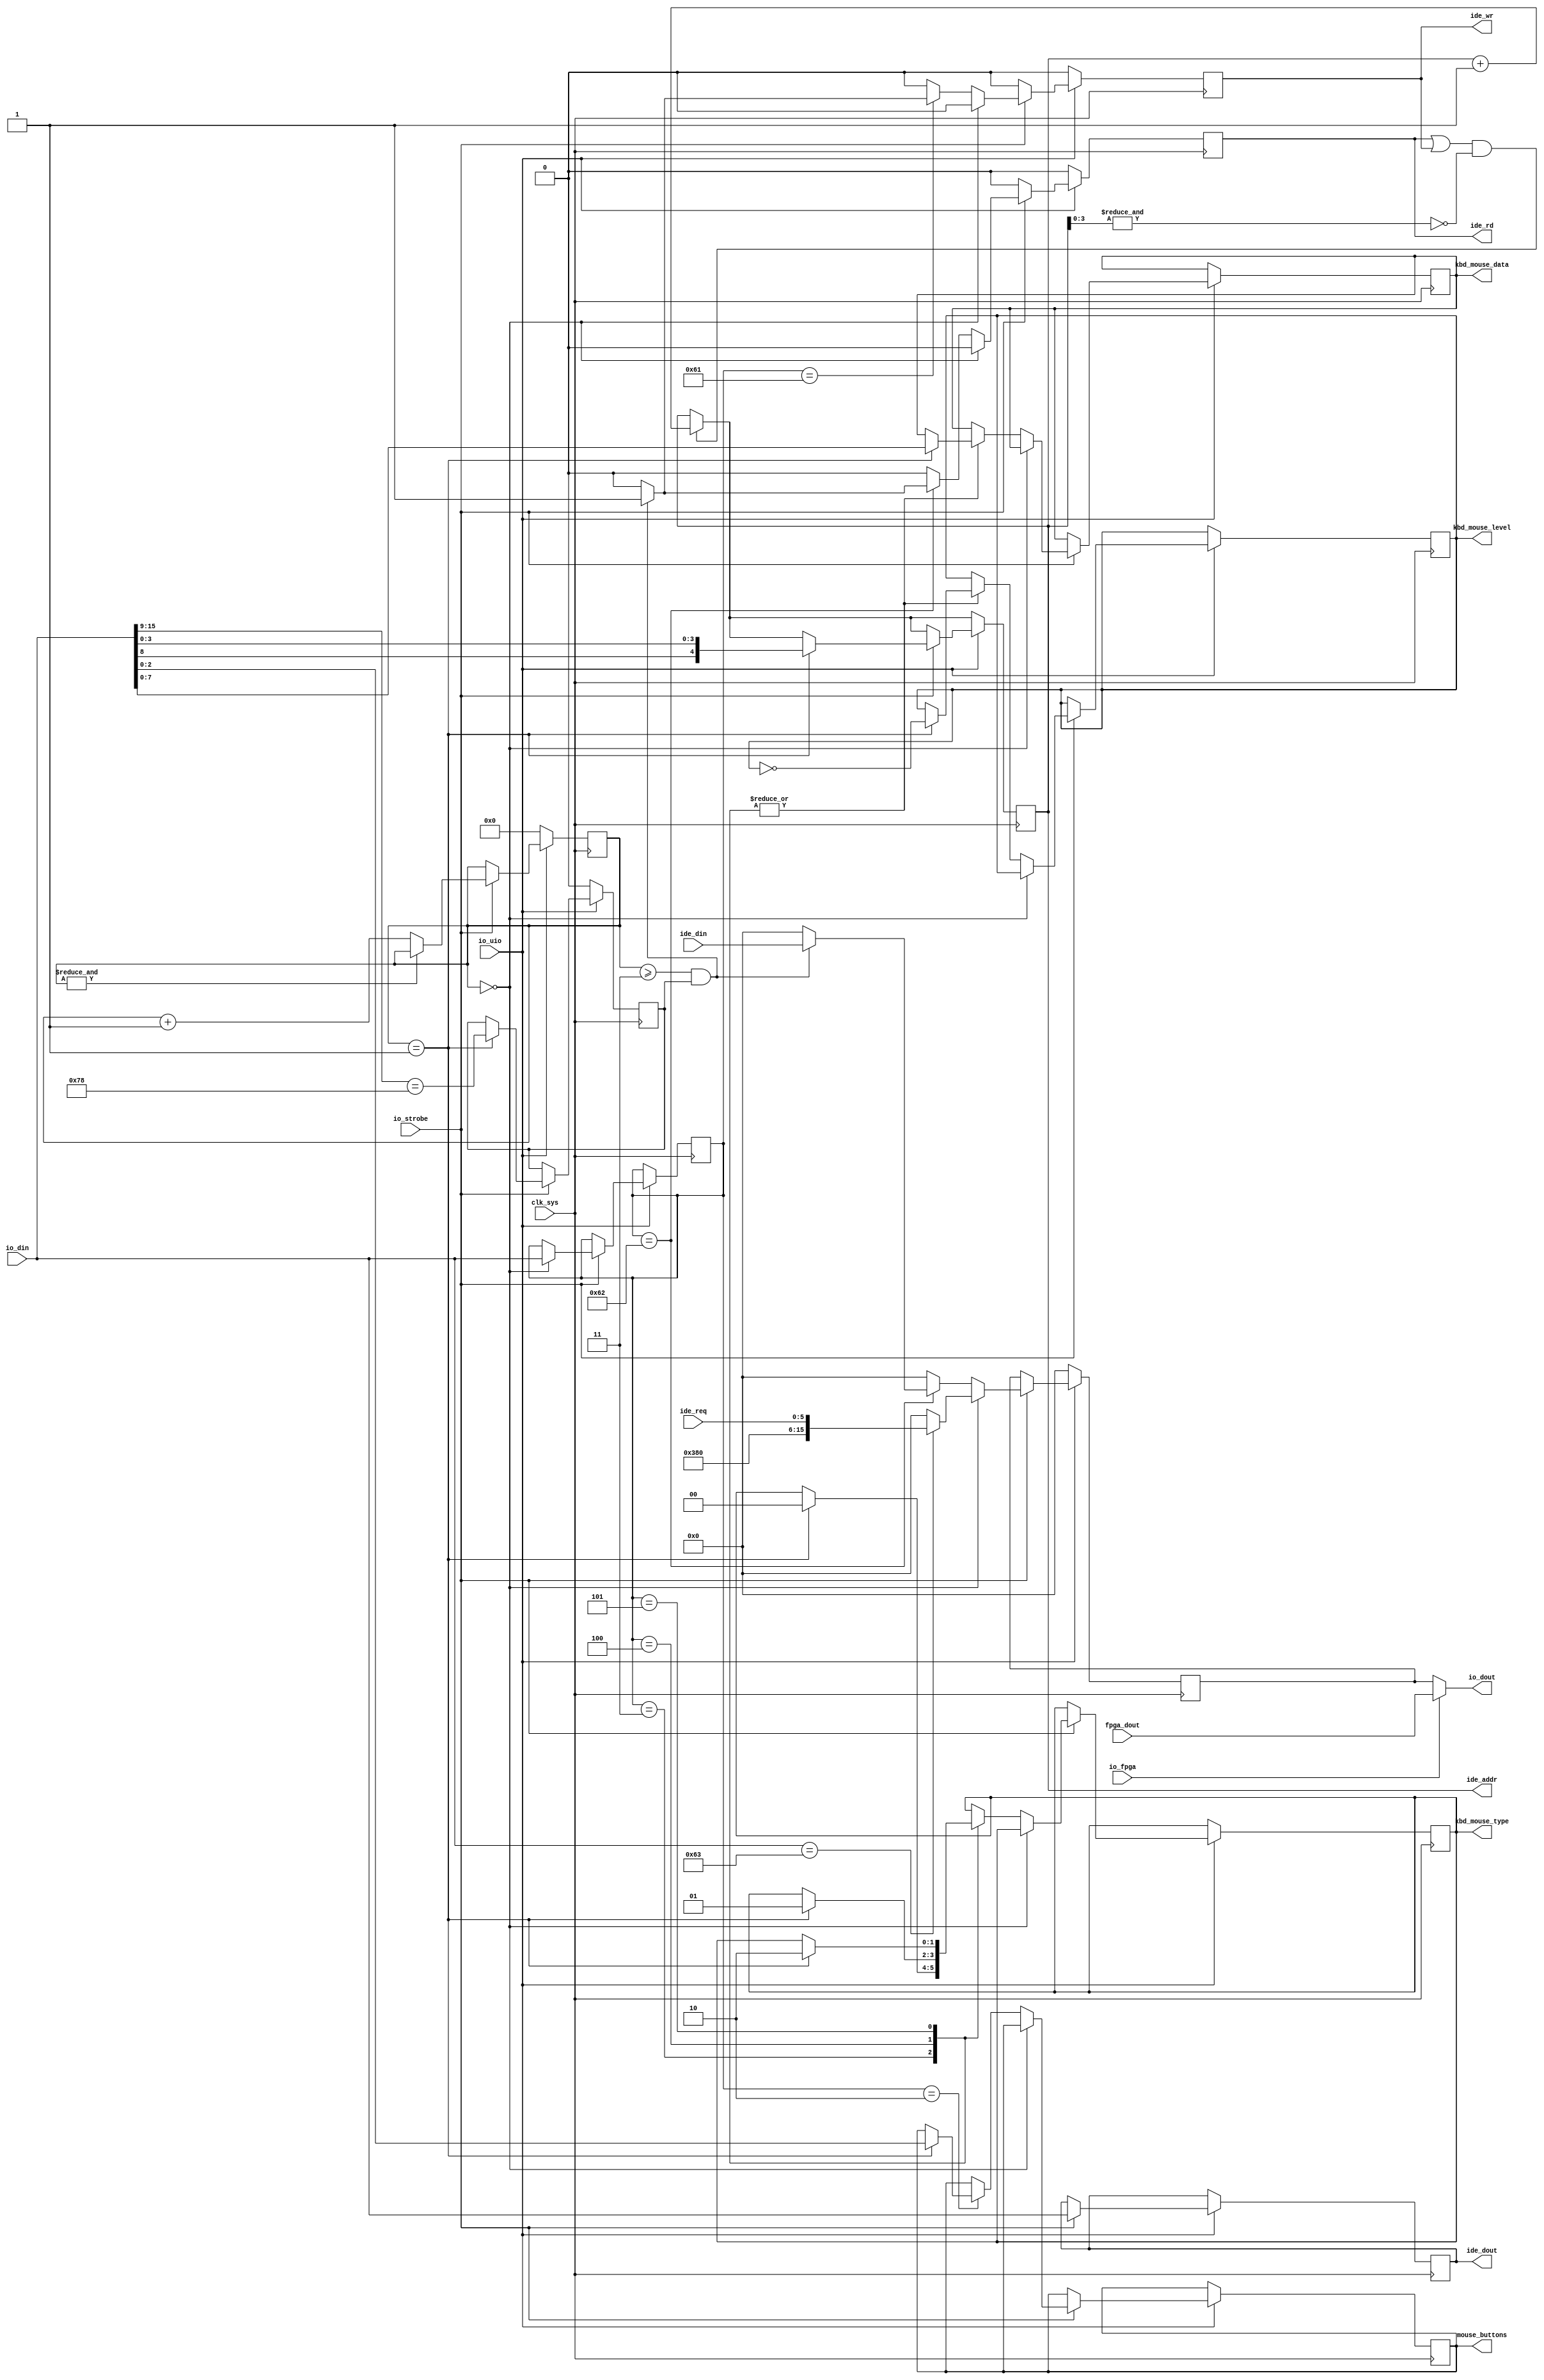
module hps_ext
(
	input             clk_sys,

	input             io_strobe,
	input             io_fpga,
	input             io_uio,
	input      [15:0] io_din,
	output     [15:0] io_dout,
	input      [15:0] fpga_dout,
	
	output reg        kbd_mouse_level,
	output reg  [1:0] kbd_mouse_type,
	output reg  [7:0] kbd_mouse_data,
	output reg 	[2:0] mouse_buttons,

	input      [15:0] ide_din,
	output reg [15:0] ide_dout,
	output reg  [4:0] ide_addr,
	output reg        ide_rd,
	output reg        ide_wr,
	input       [5:0] ide_req);


assign io_dout = io_fpga ? fpga_dout : io_dout_reg;

localparam EXT_CMD_MIN2 = 'h61;
localparam EXT_CMD_MAX2 = 'h63;

localparam UIO_MOUSE_BUTTONS  = 'h02;
localparam UIO_MOUSE_X   		= 'h03;
localparam UIO_MOUSE_Y   		= 'h04;
localparam UIO_KEYBOARD  		= 'h05;

localparam UIO_DMA_WRITE = 'h61;
localparam UIO_DMA_READ  = 'h62;
localparam UIO_DMA_SDIO  = 'h63;

	
reg [15:0] 	io_dout_reg;
reg        	dout_en;
reg  [4:0] 	byte_cnt;
reg [15:0] 	cmd;
reg 			ide_cs = 0;

always@(posedge clk_sys) begin
	{ide_rd, ide_wr} <= 0;
	if((ide_rd | ide_wr) & ~&ide_addr[3:0]) ide_addr <= ide_addr + 1'd1;

	if(~io_uio) begin
		dout_en <= 0;
		io_dout_reg <= 0;
		byte_cnt <= 0;
		ide_cs <= 0;
	end
	else if(io_strobe) begin

		io_dout_reg <= 0;
		if(~&byte_cnt) byte_cnt <= byte_cnt + 1'd1;

		ide_dout <= io_din;
		if(byte_cnt == 1) begin
			ide_addr <= {io_din[8],io_din[3:0]};
			ide_cs   <= (io_din[15:9] == 7'b1111000);
		end

		if(byte_cnt == 0) begin
			cmd <= io_din;
			dout_en <= (io_din >= UIO_DMA_WRITE && io_din <= UIO_DMA_SDIO || io_din >= UIO_MOUSE_X && io_din <= UIO_KEYBOARD );
			if(io_din == 'h63) io_dout_reg <= {4'hE, 2'b00, 2'b00, 2'b00, ide_req};
		end 
		else begin
			case(cmd)	
				UIO_MOUSE_BUTTONS: begin
					if(byte_cnt == 1) begin
						mouse_buttons <= io_din[2:0];
					end
				end
				UIO_MOUSE_X: begin
					if(byte_cnt == 1) begin
						kbd_mouse_data <= io_din[7:0];
						kbd_mouse_type <= 0;
						kbd_mouse_level <= ~kbd_mouse_level;
					end
				end
				UIO_MOUSE_Y: begin
					if(byte_cnt == 1) begin
						kbd_mouse_data <= io_din[7:0];
						kbd_mouse_type <= 1;
						kbd_mouse_level <= ~kbd_mouse_level; 
					end
				end

				UIO_KEYBOARD:
					if(byte_cnt == 1) begin
						kbd_mouse_data <= io_din[7:0];
						kbd_mouse_type <= 2;
						kbd_mouse_level <= ~kbd_mouse_level;
					end
				UIO_DMA_WRITE: if(byte_cnt >= 3 && ide_cs) begin
							ide_wr <= 1;
						end

				UIO_DMA_READ: if(byte_cnt >= 3 && ide_cs) begin
							io_dout_reg <= ide_din;
							ide_rd <= 1;
						end
			endcase
		end
	end
end

endmodule